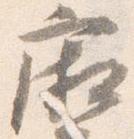
廂